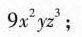
9x^{2}yz^{3};